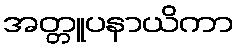
အတ္တူပနာယိကာ